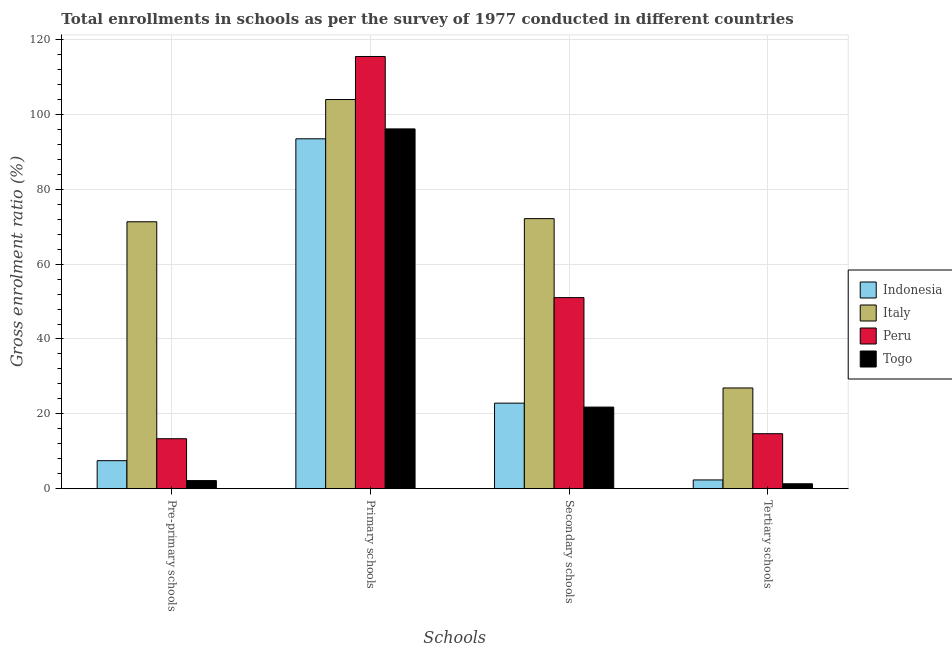
| Schools | Indonesia | Italy | Peru | Togo |
 | --- | --- | --- | --- | --- |
 | Pre-primary schools | 7.48 | 71.3 | 13.4 | 2.16 |
 | Primary schools | 93.5 | 104 | 115 | 96.1 |
 | Secondary schools | 22.9 | 72.2 | 51.1 | 21.8 |
 | Tertiary schools | 2.34 | 26.9 | 14.7 | 1.31 |